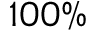
1 0 0 \%